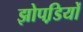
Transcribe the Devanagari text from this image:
झोपडि़यों